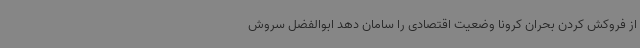
از فروکش کردن بحران کرونا وضعیت اقتصادی را سامان دهد ابوالفضل سروش